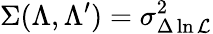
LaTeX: \Sigma(\Lambda,\Lambda^{\prime})=\sigma_{\Delta\ln{\cal L}}^{2}